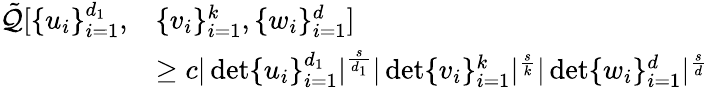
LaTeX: \begin{array}{rl}{\tilde{\mathcal Q}[\{ u_{i}\} _{i=1}^{d_{1}},}&{\{ v_{i}\} _{i=1}^{k},\{ w_{i}\} _{i=1}^{d}]}\\ &{\geq c|\operatorname*{det}\{ u_{i}\} _{i=1}^{d_{1}}|^{\frac{s}{d_{1}}}|\operatorname*{det}\{ v_{i}\} _{i=1}^{k}|^{\frac{s}{k}}|\operatorname*{det}\{ w_{i}\} _{i=1}^{d}|^{\frac{s}{d}}}\end{array}